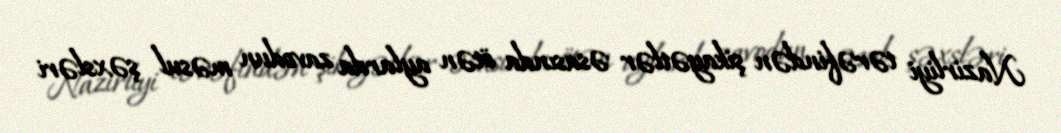
Nazirliyi tərəfindən şikayətlər əsasında ötən aylarda zavodun məsul şəxsləri